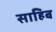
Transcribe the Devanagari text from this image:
साहिब